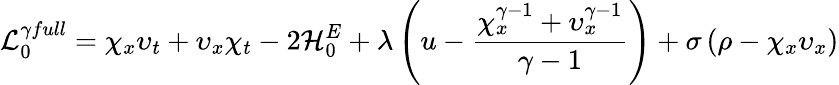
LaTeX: {\cal L}_{0}^{\gamma full}=\chi_{x}\upsilon_{t}+\upsilon_{x}\chi_{t}-2{\cal H}_{0}^{E}+\lambda\left(u-\frac{\chi_{x}^{\gamma-1}+\upsilon_{x}^{\gamma-1}}{\gamma-1}\right)+\sigma\left(\rho-\chi_{x}\upsilon_{x}\right)